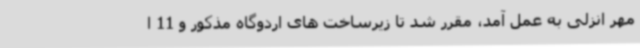
مهر انزلی به عمل آمد، مقرر شد تا زیرساخت های اردوگاه مذکور و 11 ا